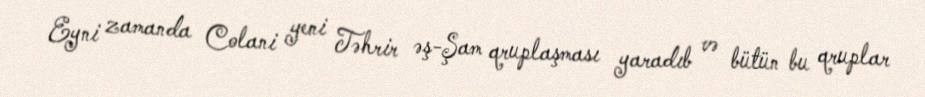
Eyni zamanda Colani yeni Təhrir əş-Şam qruplaşması yaradıb və bütün bu qruplar